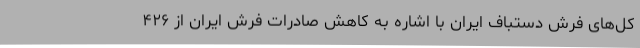
کل‌های فرش دستباف ایران با اشاره به کاهش صادرات فرش ایران از ۴۲۶